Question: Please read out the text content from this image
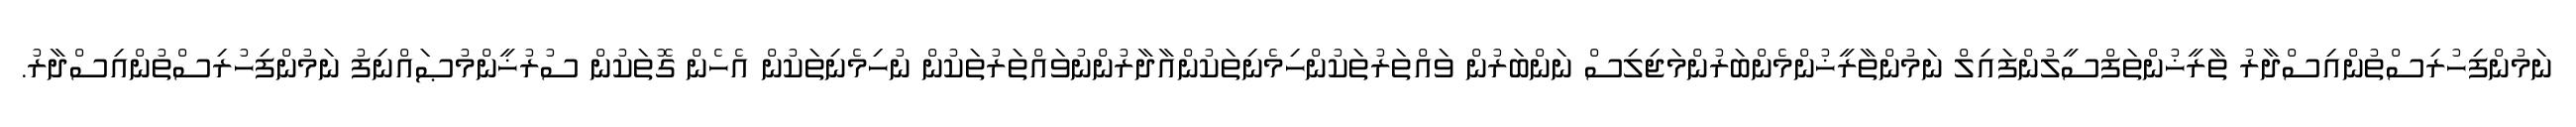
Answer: ނަމުންފިހުރިސްތުންއިސްދާރު ތާރީޚުންތަފްސީލުންފައިލް ނަމުންތާރީޚުންމެންބަރުންމަޖިލިސް ނަންބަރުން ވައްތަރުތަކުންހިމެނިތަކުންއާދާރުންނުވައްތަރުތަކުން ނުހިމެނިތަކުން އެހެން ގޮތަކުން ސުރުޚީންމުޞައްނިފު ނަމުންފިހުރިސްތުންއިސްދާރު.